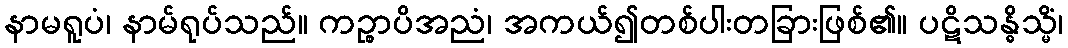
နာမရူပံ၊ နာမ်ရုပ်သည်။ ကဉ္စာပိအညံ၊ အကယ်၍တစ်ပါးတခြားဖြစ်၏။ ပဋိသန္ဓိသ္မိံ၊